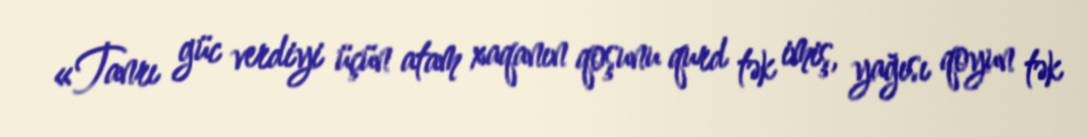
«Tanrı güc verdiyi üçün atam xaqanın qoşunu qurd tək imiş, yağısı qoyun tək